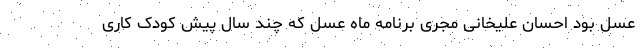
عسل بود احسان علیخانی مجری برنامه ماه عسل که چند سال پیش کودک کاری